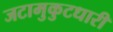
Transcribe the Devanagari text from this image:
जटामुकुटधारी